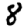
Digit: 8